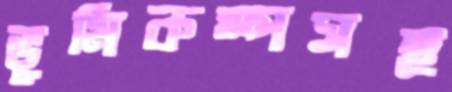
ভূমিকম্পসহ